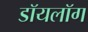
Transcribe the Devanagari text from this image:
डॉयलॉग